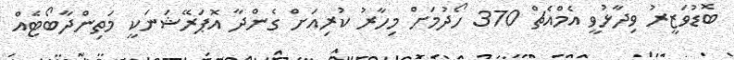
ބޮޑުވަޒީރު ވިދާޅުވީ އެމްއެޗް 370 ހޯދުމަށް މިހާރު ކުރިއަށް ގެންދާ އޮޕަރޭޝަނަކީ މަތިންދާބޯޓެއް